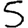
Digit: 5